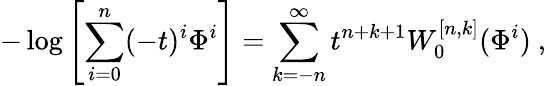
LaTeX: -\log\left[\sum_{i=0}^{n}(-t)^{i}\Phi^{i}\right]=\sum_{k=-n}^{\infty}t^{n+k+1}W_{0}^{[n,k]}(\Phi^{i})~,